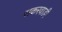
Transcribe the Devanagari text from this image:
सकरवाडी